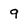
Character: 9